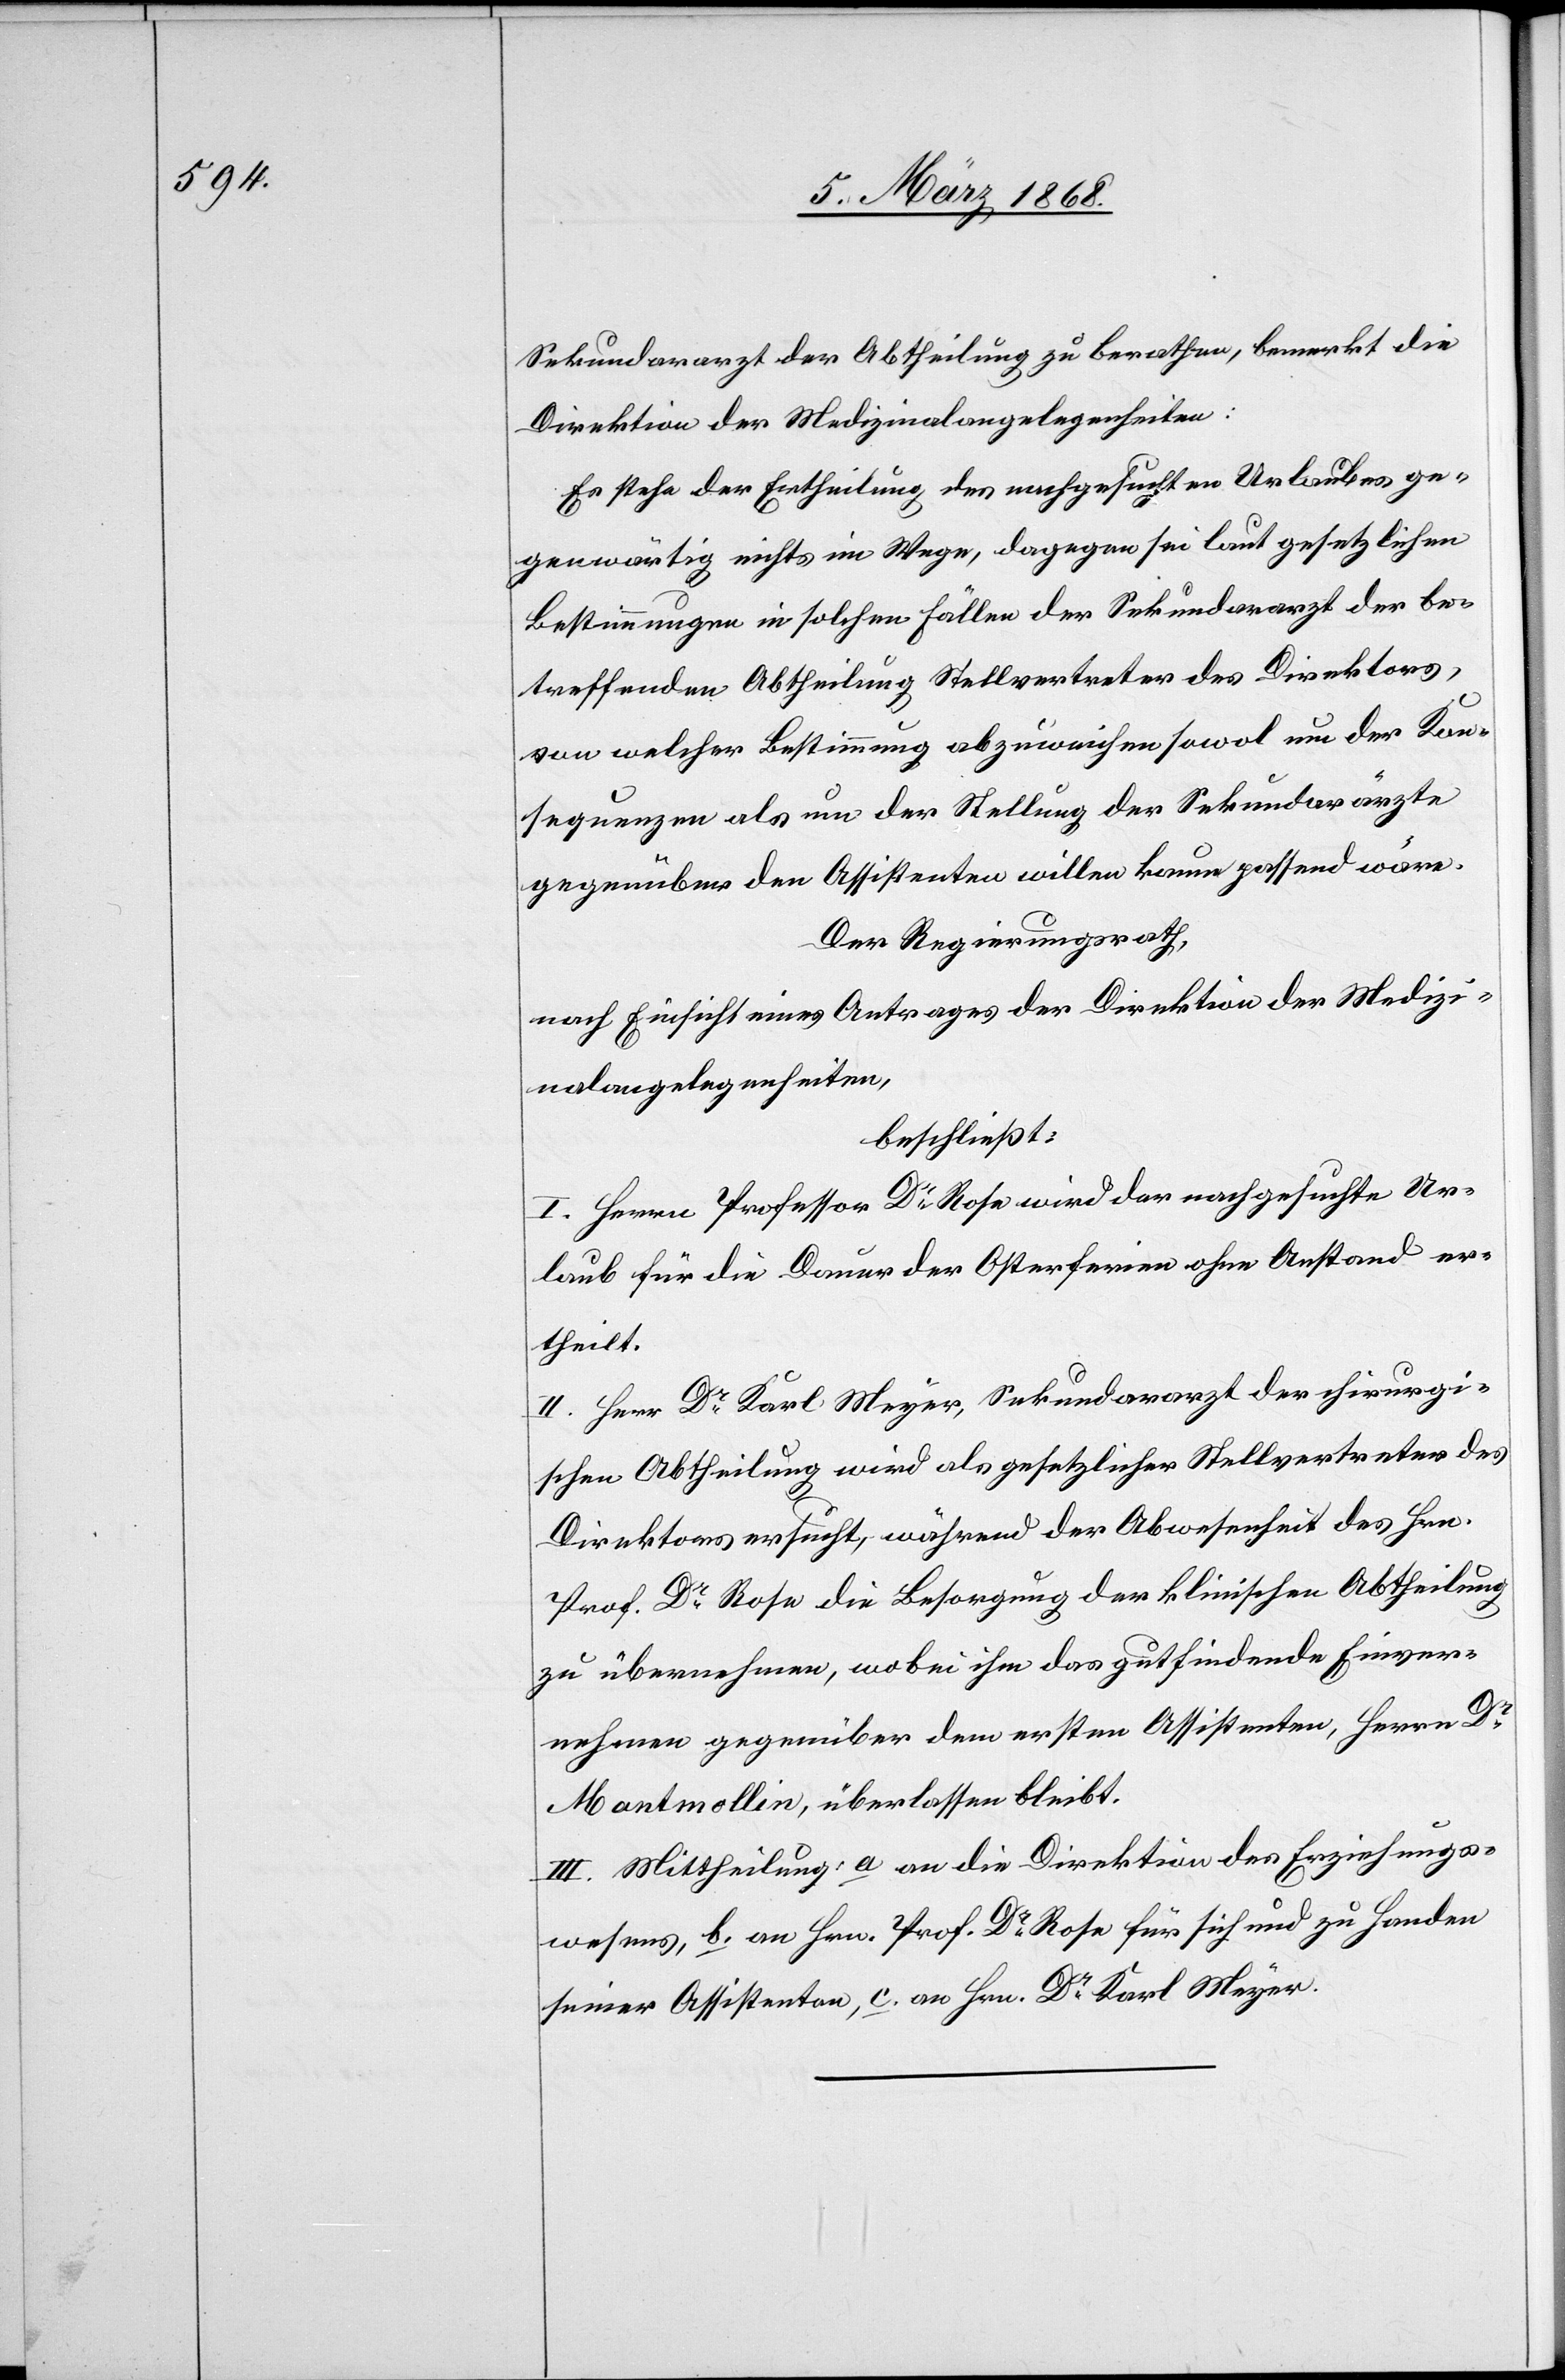
Sekundararzt der Abtheilung zu berathen, bemerkt die
Direktion der Medizinalangelegenheiten:
Es stehe der Ertheilung des nachgesuchten Urlaubes ge¬
genwärtig nichts im Wege, dagegen sei laut gesetzlichen
Bestimmungen in solchen Fällen der Sekundararzt der be¬
treffenden Abtheilung Stellvertreter des Direktors,
von welcher Bestimmung abzuweichen sowol um der Kon¬
sequenzen als um der Stellung der Sekundarärzte
gegenüber den Assistenten willen kaum passend wäre.
Der Regierungsrath,
nach Einsicht eines Antrages der Direktion der Medizi¬
nalangelegenheiten,
beschließt:
I. Herrn Professor Dr. Rose wird der nachgesuchte Ur¬
laub für die Dauer der Osterferien ohne Anstand er¬
theilt.
II. Herr Dr. Karl Meyer, Sekundararzt der chirurgi¬
schen Abtheilung wird als gesetzlicher Stellvertreter des
Direktors ersucht, während der Abwesenheit des Hrn.
Prof. Dr. Rose die Besorgung der klinischen Abtheilung
zu übernehmen, wobei ihm das gutfindende Einver¬
nehmen gegenüber dem ersten Assistenten, Herrn Dr.
Montmollin, überlassen bleibt.
III. Mittheilung: a an die Direktion des Erziehungs¬
wesens, b. an Hrn. Prof. Dr. Rose für sich und zu Handen
seiner Assistenten, c. an Hrn. Dr. Karl Meyer.